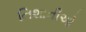
નિશાનીઓ